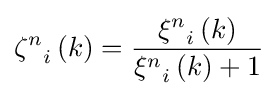
{{\zeta }^{n}}_{i}\left(k\right)={\frac {{{\xi }^{n}}_{i}\left(k\right)}{{{\xi }^{n}}_{i}\left(k\right)+1}}